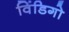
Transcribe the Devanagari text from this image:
विंडिगो